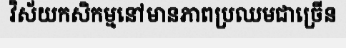
វិស័យកសិកម្មនៅមានភាពប្រឈមជាច្រើន